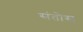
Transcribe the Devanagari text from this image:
संतोस